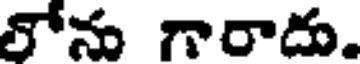
నోను గారాదు.